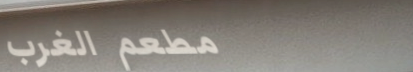
مطعم الغرب